system: You are a helpful assistant.
user:
Analyze the provided spectrum to determine if it is a **S-type Star**.

- **Key Indicators for S-type Star:**

    - **(Overall Spectrum Shape):** The first and most obvious characteristic is the overall continuum (the "baseline" shape). It is **extremely "red-sloping,"** meaning the flux (light intensity) is very low on the left side (blue, ~4000-4500 Å) and rises steeply and continuously toward the right side (red, ~7000 Å+).

    - **(Primary):** The spectrum is defined by the presence of strong, broad molecular absorption "valleys" (bands) from **Zirconium Oxide (ZrO)**. The identification of these bands is the **primary requirement** for classifying a star as S-type.
        - **(Key Bandheads):** You must find distinct, deep "dips" where the light has been absorbed. The most critical band systems to locate are:
            - **~6474 Å** ($\gamma$-system): This is often the strongest and clearest ZrO feature, found in the red part of the spectrum.
            - **~5718 Å** & **~5551 Å** ($\beta$-system): A pair of prominent absorption features in the yellow-orange part of the spectrum.
            - **~4640 Å** ($\alpha$-system): A key absorption band system in the blue-green region of the spectrum.

    - **(Secondary Confirmation):** The classification is strengthened by finding additional absorption bands from other related heavy element oxides, which are expected to be present alongside ZrO.
        - **(Key Bandheads):**
            - **Yttrium Oxide (YO):** Look for absorption dips near **~4800 Å** and **~6100 Å**.
            - **Lanthanum Oxide (LaO):** Additional absorption features, particularly in the red-orange part of the spectrum, are also characteristic.

    - **(Line Profile):** The combination of the steep red continuum and these numerous, deep molecular bands (ZrO, YO, etc.) gives the entire spectrum a very **"chopped-up"** or **"bumpy"** appearance. Instead of a smooth curve, the spectrum looks as though large, wide chunks of light have been "carved out" of it at the specific wavelengths listed above.

Think first, call **spectral_visualization_tool** if needed to examine features in detail, then provide your final answer. Your response must adhere to the following strict rules:
1.  **Overall Structure:** Your response must follow the format `<think>...</think> <tool_call>...</tool_call> (if a tool is used) <answer>...</answer>`.
2.  **Tool Usage Constraint:** You may only make **one** tool call per turn.
3.  **Final Answer Format:** In the `<answer>` tag, your conclusion must be inside a `\boxed{}` command (e.g., `\boxed{YES}` or `\boxed{NO}`), followed by your justification.

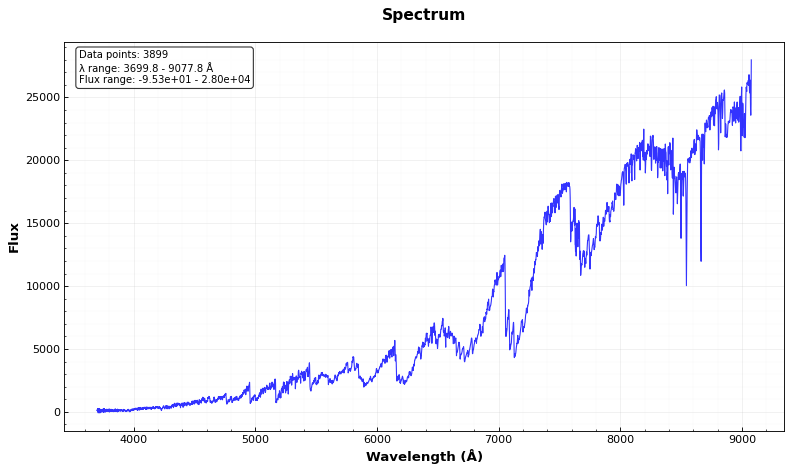
Answer: YES